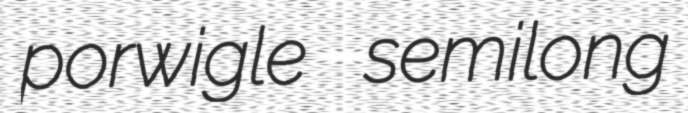
porwigle semilong